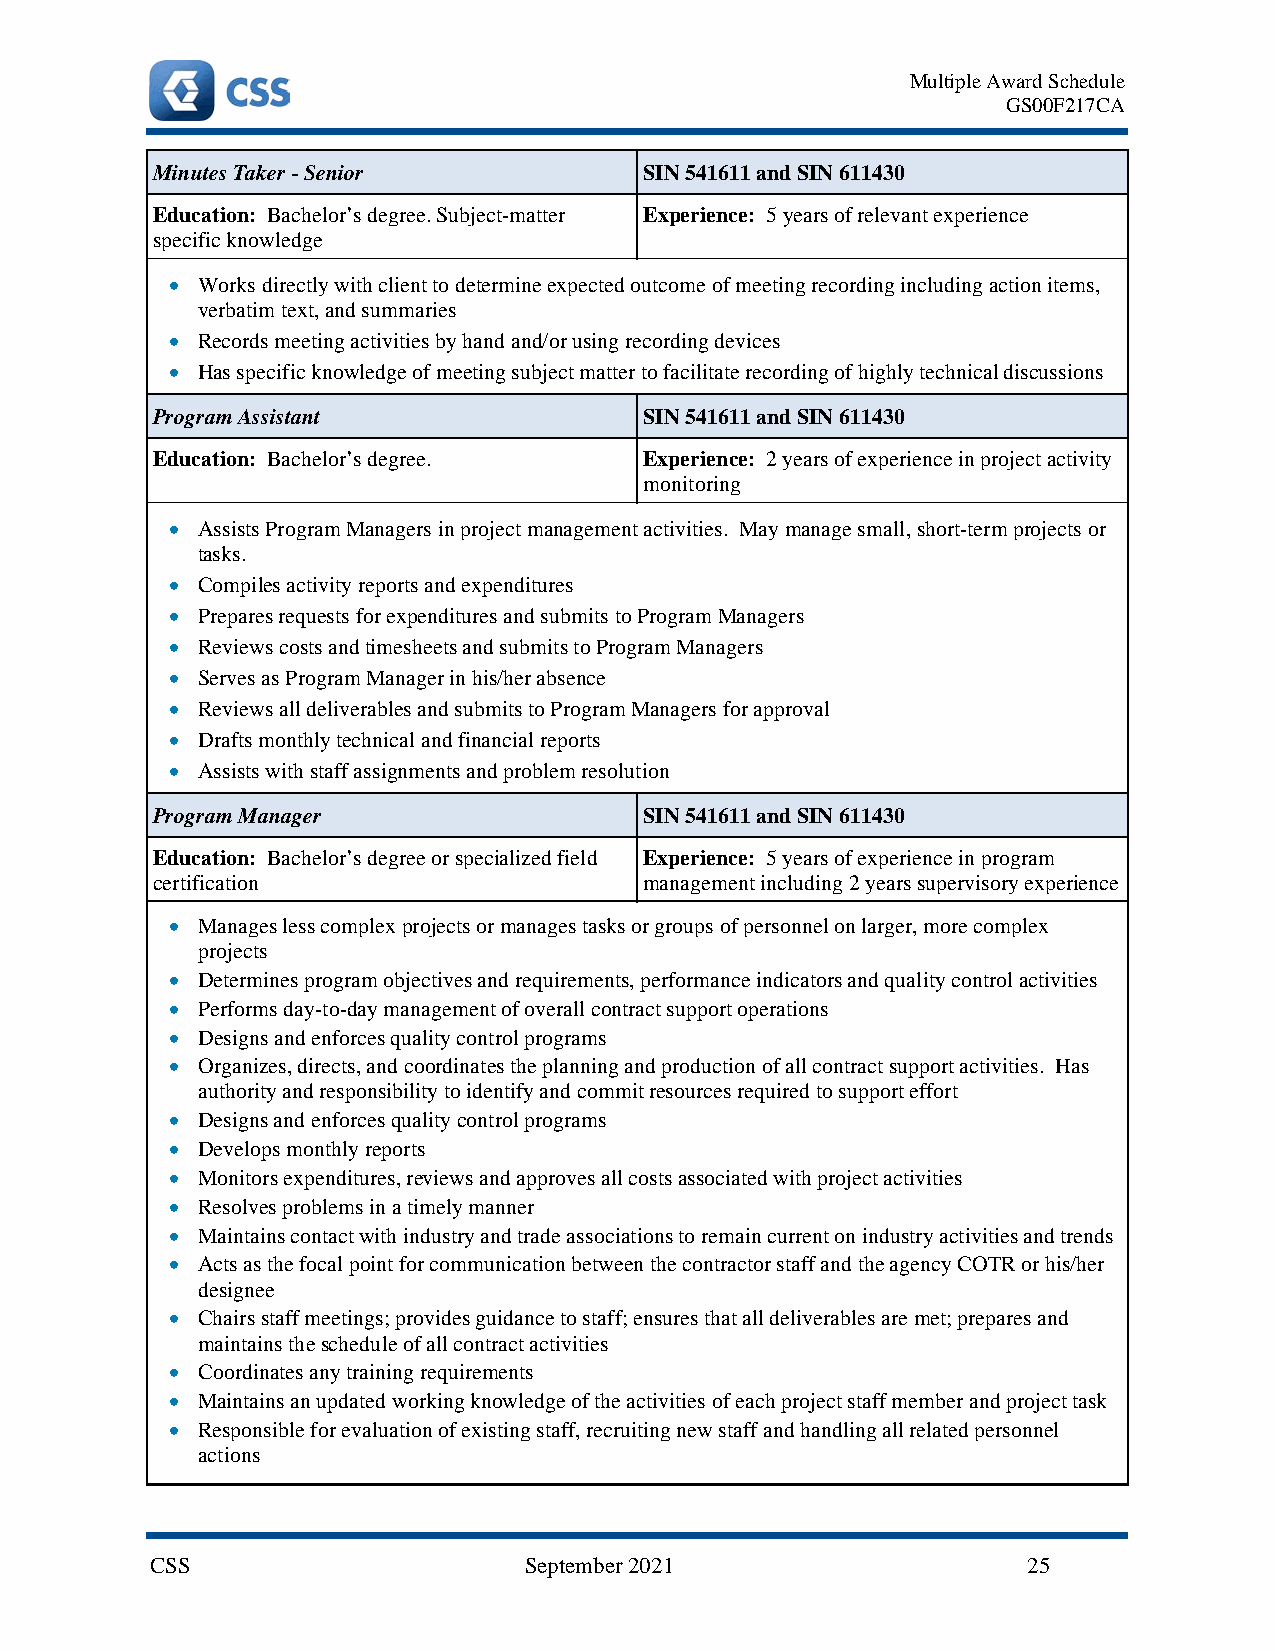
Multiple Award Schedule
 GS00F217CA
 Minutes Taker - Senior           SIN 541611 and SIN 611430
 Education: Bachelor’s degree. Subject-matter Experience: 5 years of relevant experience
 specific knowledge
 • Works directly with client to determine expected outcome of meeting recording including action items,
 verbatim text, and summaries
 • Records meeting activities by hand and/or using recording devices
 • Has specific knowledge of meeting subject matter to facilitate recording of highly technical discussions
 Program Assistant                SIN 541611 and SIN 611430
 Education: Bachelor’s degree.    Experience: 2 years of experience in project activity
 monitoring
 • Assists Program Managers in project management activities. May manage small, short-term projects or
 tasks.
 • Compiles activity reports and expenditures
 • Prepares requests for expenditures and submits to Program Managers
 • Reviews costs and timesheets and submits to Program Managers
 • Serves as Program Manager in his/her absence
 • Reviews all deliverables and submits to Program Managers for approval
 • Drafts monthly technical and financial reports
 • Assists with staff assignments and problem resolution
 Program Manager                  SIN 541611 and SIN 611430
 Education: Bachelor’s degree or specialized field Experience: 5 years of experience in program
 certification                    management including 2 years supervisory experience
 • Manages less complex projects or manages tasks or groups of personnel on larger, more complex
 projects
 • Determines program objectives and requirements, performance indicators and quality control activities
 • Performs day-to-day management of overall contract support operations
 • Designs and enforces quality control programs
 • Organizes, directs, and coordinates the planning and production of all contract support activities. Has
 authority and responsibility to identify and commit resources required to support effort
 • Designs and enforces quality control programs
 • Develops monthly reports
 • Monitors expenditures, reviews and approves all costs associated with project activities
 • Resolves problems in a timely manner
 • Maintains contact with industry and trade associations to remain current on industry activities and trends
 • Acts as the focal point for communication between the contractor staff and the agency COTR or his/her
 designee
 • Chairs staff meetings; provides guidance to staff; ensures that all deliverables are met; prepares and
 maintains the schedule of all contract activities
 • Coordinates any training requirements
 • Maintains an updated working knowledge of the activities of each project staff member and project task
 • Responsible for evaluation of existing staff, recruiting new staff and handling all related personnel
 actions
 CSS                      September 2021                   25